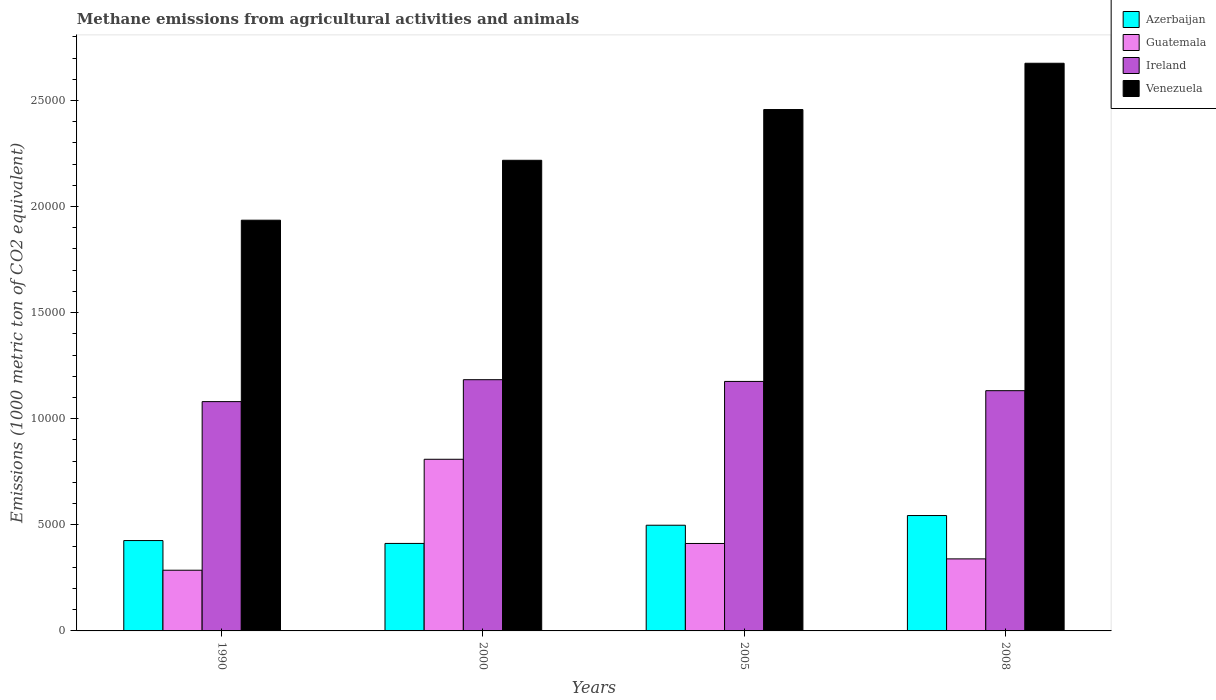
| Years | Azerbaijan | Guatemala | Ireland | Venezuela |
 | --- | --- | --- | --- | --- |
 | 1990 | 4.26e+03 | 2.86e+03 | 1.08e+04 | 1.94e+04 |
 | 2000 | 4.12e+03 | 8.09e+03 | 1.18e+04 | 2.22e+04 |
 | 2005 | 4.98e+03 | 4.12e+03 | 1.18e+04 | 2.46e+04 |
 | 2008 | 5.44e+03 | 3.39e+03 | 1.13e+04 | 2.68e+04 |